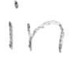
Text: in
Cross-out: clean
Writing tool: pencil